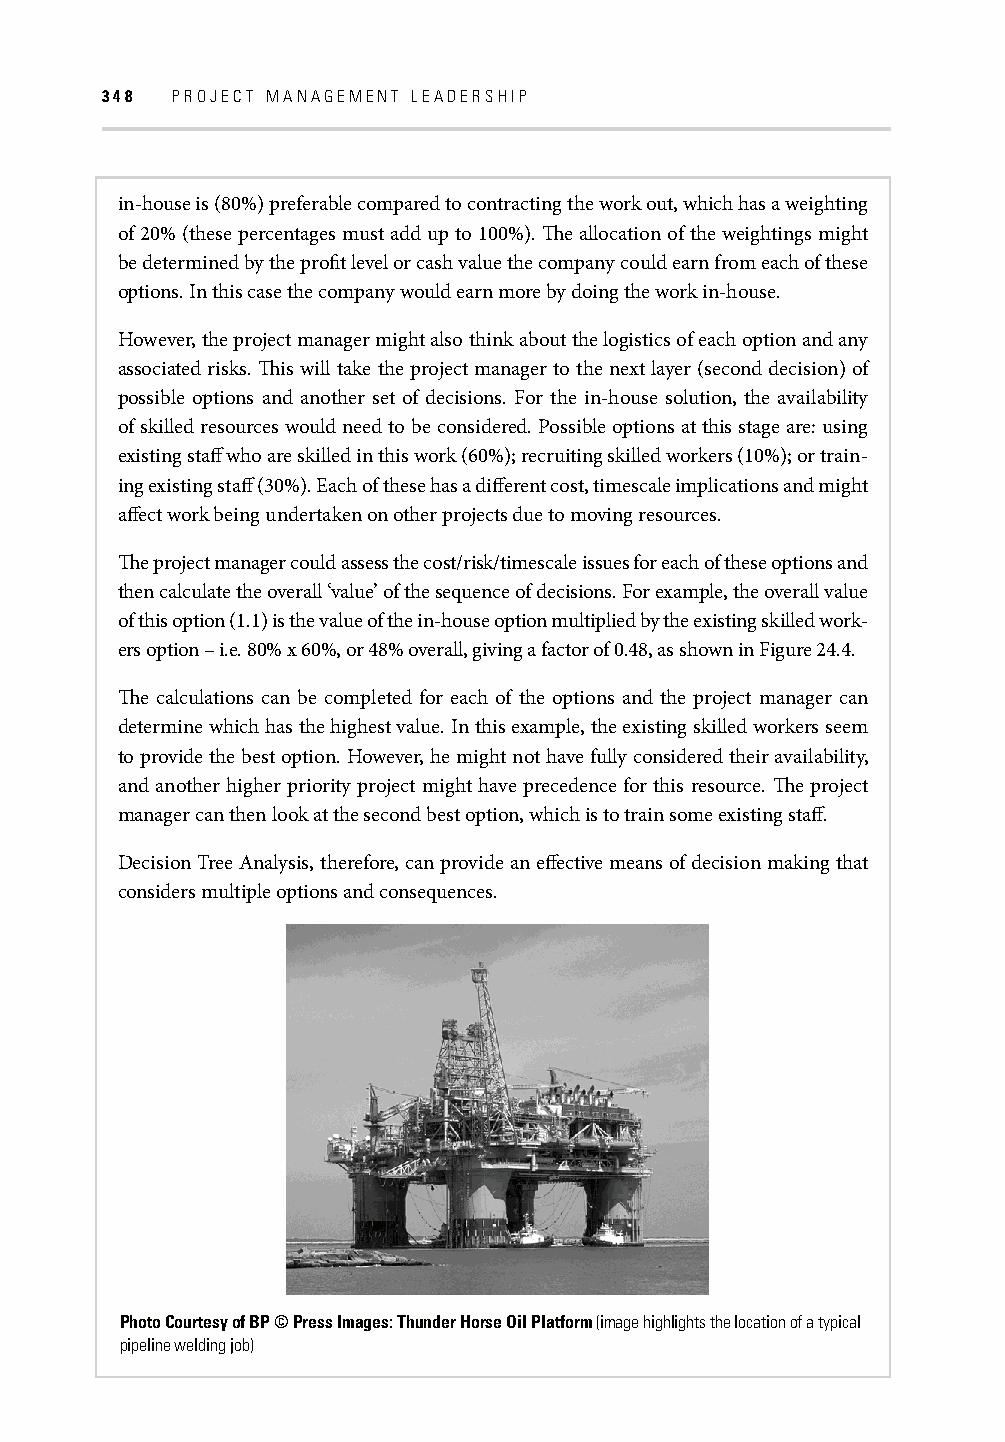
348 PROJECT MANAGEMENT LEADERSHIP
 in-house is (80%) preferable compared to contracting the work out, which has a weighting
 of 20% (these percentages must add up to 100%). Th e allocation of the weightings might
 be determined by the profi t level or cash value the company could earn from each of these
 options. In this case the company would earn more by doing the work in-house.
 However, the project manager might also think about the logistics of each option and any
 associated risks. Th is will take the project manager to the next layer (second decision) of
 possible options and another set of decisions. For the in-house solution, the availability
 of skilled resources would need to be considered. Possible options at this stage are: using
 existing staff who are skilled in this work (60%); recruiting skilled workers (10%); or train-
 ing existing staff (30%). Each of these has a diff erent cost, timescale implications and might
 aff ect work being undertaken on other projects due to moving resources.
 Th e project manager could assess the cost/risk/timescale issues for each of these options and
 then calculate the overall ‘value’ of the sequence of decisions. For example, the overall value
 of this option (1.1) is the value of the in-house option multiplied by the existing skilled work-
 ers option – i.e. 80% x 60%, or 48% overall, giving a factor of 0.48, as shown in Figure 24.4.
 Th e calculations can be completed for each of the options and the project manager can
 determine which has the highest value. In this example, the existing skilled workers seem
 to provide the best option. However, he might not have fully considered their availability,
 and another higher priority project might have precedence for this resource. Th e project
 manager can then look at the second best option, which is to train some existing staff .
 Decision Tree Analysis, therefore, can provide an eff ective means of decision making that
 considers multiple options and consequences.
 Photo Courtesy of BP © Press Images: Thunder Horse Oil Platform (image highlights the location of a typical
 pipeline welding job)